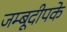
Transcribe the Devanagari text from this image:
जम्बूदीपके